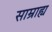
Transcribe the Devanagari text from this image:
साम्राह्य